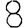
Digit: 8